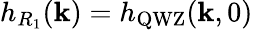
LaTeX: h_{R_{1}}(\mathbf{k})=h_{\mathrm{QWZ}}(\mathbf{k},0)